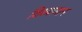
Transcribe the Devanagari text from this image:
विध्यामान